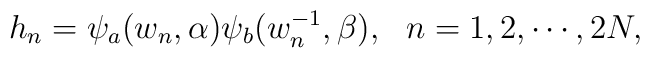
h_n=\psi_a(w_n,\alpha)\psi_b(w^{-1}_n,\beta), ~~n=1,2,\cdots,2N,